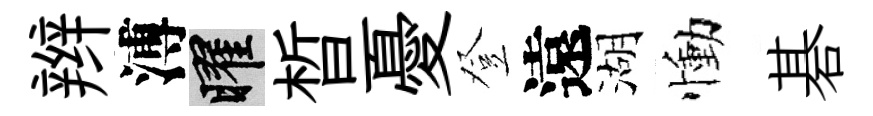
辫溥曜晳憂登遠湖慟碁